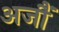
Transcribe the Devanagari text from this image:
अजौं